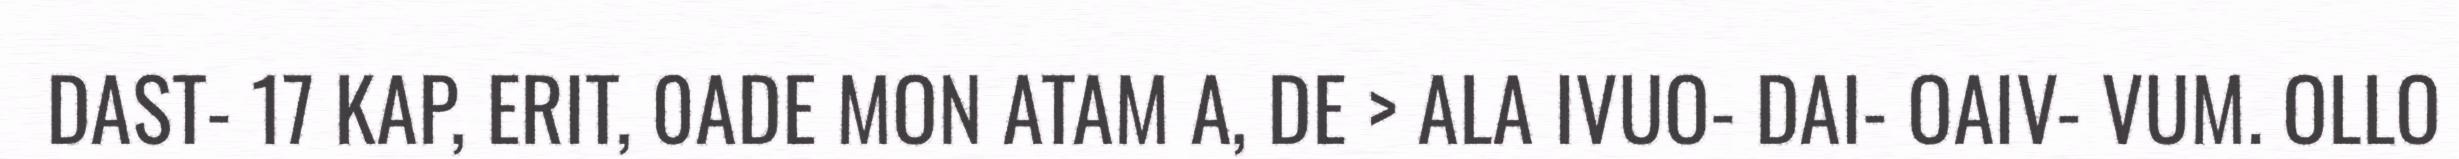
DAST- 17 KAP, ERIT, 0ADE MON ATAM A, DE > ALA IVUO- DAI- OAIV- VUM. OLLO